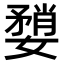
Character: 𫱶